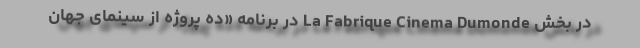
در بخش La Fabrique Cinema Dumonde در برنامه «ده پروژه از سینمای جهان